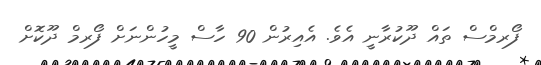
ފޯރމްސް ތައް ދޫކުރާނީ އެވެ. އެއިރުން 90 ހާސް މީހުންނަށް ފޯރމް ދޫކޮށް